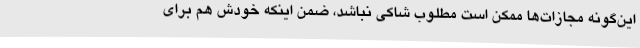
این‌گونه مجازات‌ها ممکن است مطلوب شاکی نباشد، ضمن اینکه خودش هم برای